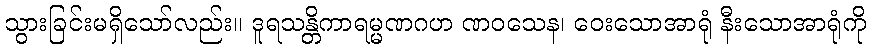
သွားခြင်းမရှိသော်လည်း။ ဒူရသန္တိကာရမ္မဏဂဟ ဏဝသေန၊ ဝေးသောအာရုံ နီးသောအာရုံကို